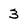
Character: 3